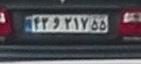
۴۳و۲۱۷۵۵